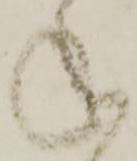
ね